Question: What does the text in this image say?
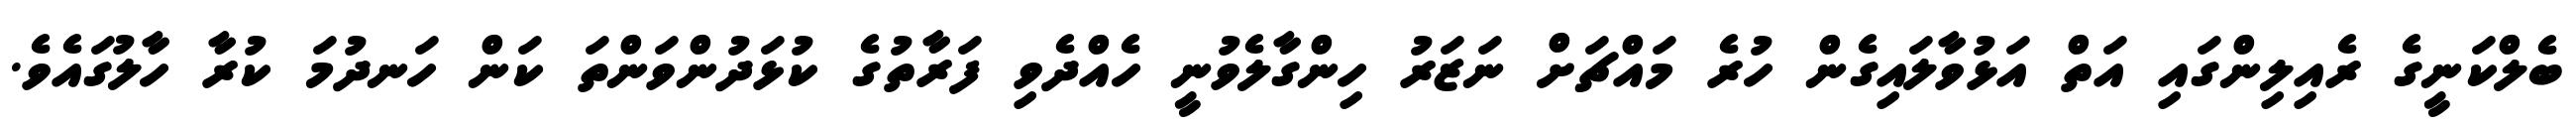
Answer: ބެލްކަނީގެ ރެއިލިންގައި އަތް އަޅުވާލައިގެން ހުރެ މައްޗަށް ނަޒަރު ހިންގާލެވުނީ ހެއްދެވި ފަރާތުގެ ކުޅަދުންވަންތަ ކަން ހަނދުމަ ކުރާ ހާލުގައެވެ.